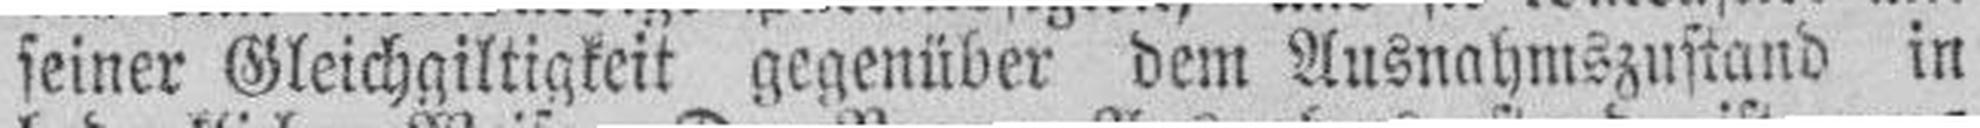
seiner Gleichgiltigkeit gegenüber dem Ausnahmszustand in